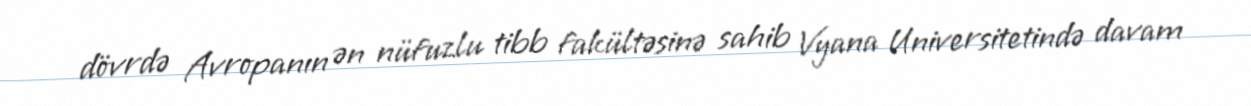
dövrdə Avropanın ən nüfuzlu tibb fakültəsinə sahib Vyana Universitetində davam